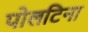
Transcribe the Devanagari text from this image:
पोलटिना